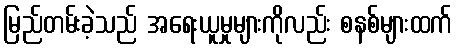
မြည်တမ်းခဲ့သည် အရေးယူမှုများကိုလည်း စနစ်များထက်